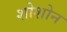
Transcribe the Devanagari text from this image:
शोशोन